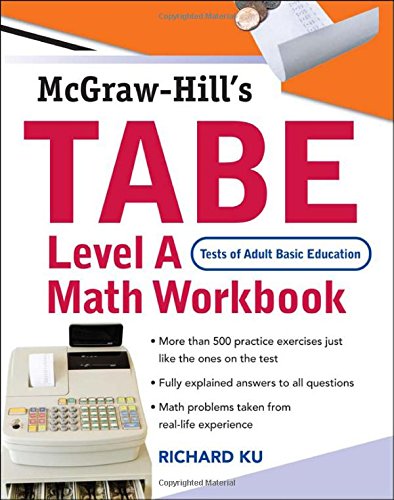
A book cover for TABE (Test of Adult Basic Education) Level A Math Workbook: The First Step to Lifelong Success; Richard Ku; Education & Teaching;